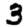
Digit: 3